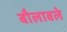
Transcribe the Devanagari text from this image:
बौलाबले